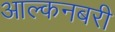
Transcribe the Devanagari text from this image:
आल्कनबरी